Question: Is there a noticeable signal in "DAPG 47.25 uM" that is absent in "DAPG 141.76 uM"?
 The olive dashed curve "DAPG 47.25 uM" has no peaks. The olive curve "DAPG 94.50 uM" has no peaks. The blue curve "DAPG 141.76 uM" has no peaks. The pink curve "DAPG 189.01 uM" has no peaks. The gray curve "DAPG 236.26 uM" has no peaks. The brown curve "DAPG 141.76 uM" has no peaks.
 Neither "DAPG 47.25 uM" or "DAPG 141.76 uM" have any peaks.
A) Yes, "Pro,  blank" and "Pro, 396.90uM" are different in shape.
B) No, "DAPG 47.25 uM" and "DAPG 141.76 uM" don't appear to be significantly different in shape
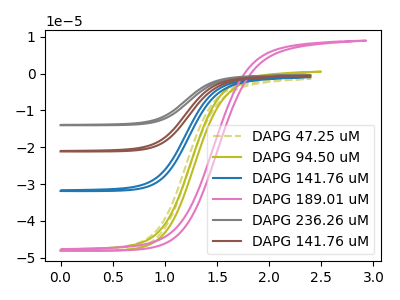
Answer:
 <answer>B) No, "DAPG 47.25 uM" and "DAPG 141.76 uM" don't appear to be significantly different in shape</answer>
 <eval>B</eval>